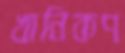
খানিকণ